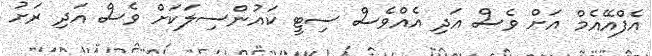
އެފްއޭއެމް އަށް ވެސް އަދި އެއްވެސް ސިޓީ ކައުންސިލަކަށް ވެސް އަދި ރަށު